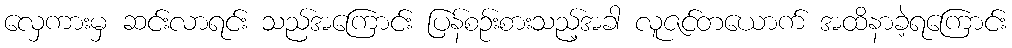
လှေကားမှ ဆင်းလာရင်း သည်အကြောင်း ပြန်စဉ်းစားသည့်အခါ လူဇင်တယောက် အထိနာခဲ့ရကြောင်း